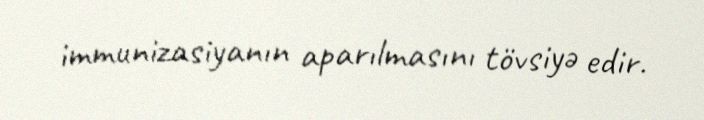
immunizasiyanın aparılmasını tövsiyə edir.